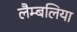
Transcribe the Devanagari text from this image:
लैम्बलिया